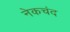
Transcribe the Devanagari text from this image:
नेकचंद